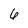
Character: 6